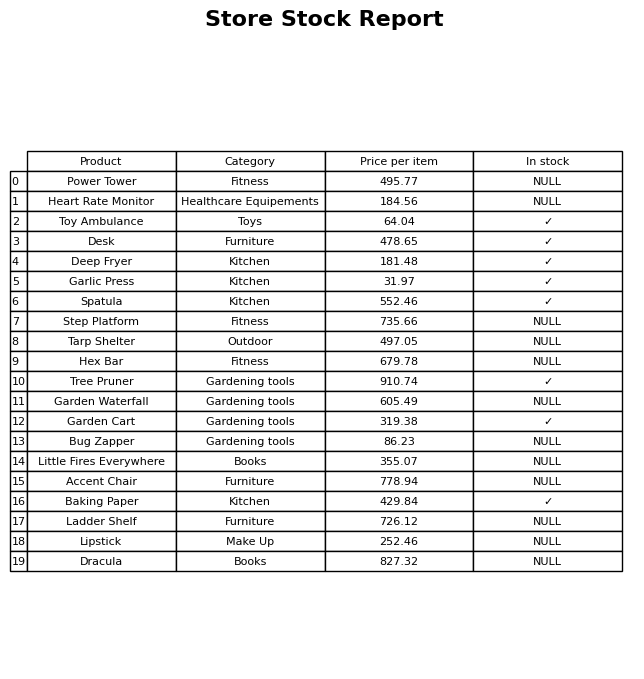
question: What is the price for Deep Fryer?
answer: The price of Deep Fryer is 181.48.